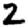
Digit: 2